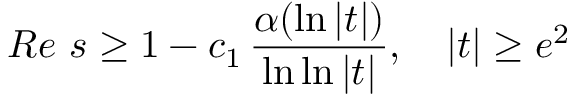
R e \ s \geq 1 - c _ { 1 } \, { \frac { \alpha ( \ln | t | ) } { \ln \ln | t | } } , \quad | t | \geq e ^ { 2 }